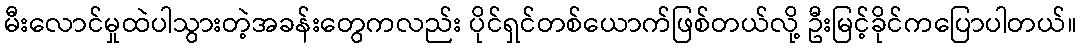
မီးလောင်မှုထဲပါသွားတဲ့အခန်းတွေကလည်း ပိုင်ရှင်တစ်ယောက်ဖြစ်တယ်လို့ ဦးမြင့်ခိုင်ကပြောပါတယ်။